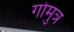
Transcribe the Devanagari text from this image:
गोमुत्र